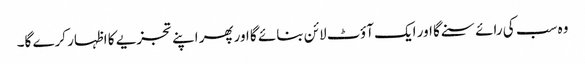
وہ سب کی رائے سنے گا اور ایک آؤٹ لائن بنائے گا اورپھر اپنے تجزیے کا اظہار کرے گا۔